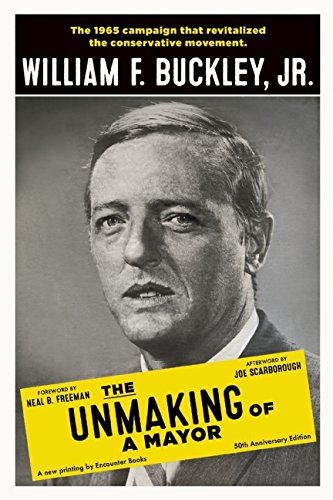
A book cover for The Unmaking of a Mayor; William F. Buckley Jr.; Biographies & Memoirs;